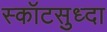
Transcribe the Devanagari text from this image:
स्कॉटसुध्दा